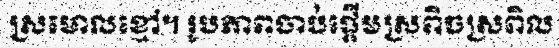
ស្រមោលខ្មៅ។ រូបភាពចាប់ផ្តើមស្រពិចស្រពិល